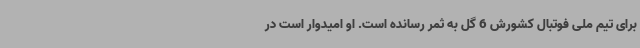
برای تیم ملی فوتبال کشورش 6 گل به ثمر رسانده است. او امیدوار است در